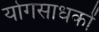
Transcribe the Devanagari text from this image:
योगसाधकों